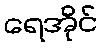
ရေအိုင်